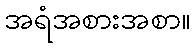
အရံအစားအစာ။